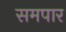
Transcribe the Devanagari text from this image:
समपार